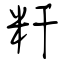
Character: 粁